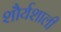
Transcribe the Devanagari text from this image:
शौर्यशाली